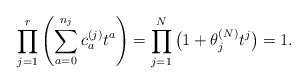
\begin{gather*} \prod_{j=1}^{r} \left(\sum_{a=0}^{n_j} c_{a}^{(j)} t^{a}\right) = \prod_{j=1}^{N}\big(1+\theta_j^{(N)}t^{j}\big) = 1.\end{gather*}